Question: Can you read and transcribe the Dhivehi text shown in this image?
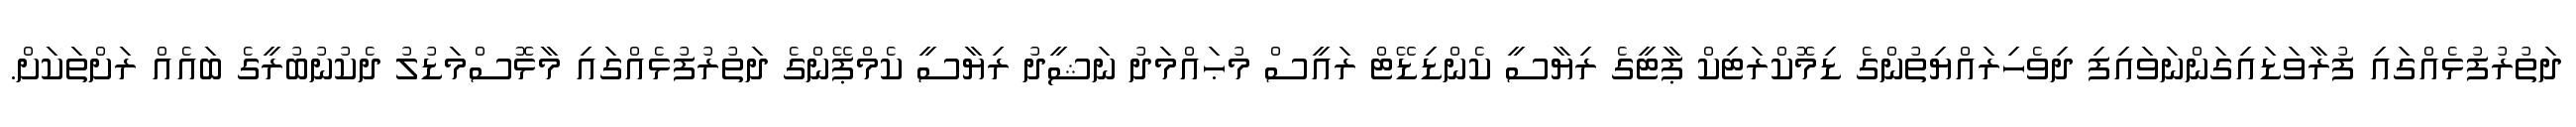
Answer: ދަތުރުފުޅެއްގައި ފުރާވަޑައިގަންނަވައިފި ދިވެހިރައްޔިތުންގެ ޑިމޮކްރަޓިކް ޕާޓީގެ ރިޔާސީ ކެންޑިޑޭޓް ރައީސް މުޙައްމަދު ނަޝީދު ރިޔާސީ ކެމްޕޭންގެ ދަތުރުފުޅެއްގައި މާޅޮސްމަޑުލު ދެކުނުބުރީގެ ބައެއް ރަށްތަކަށް.